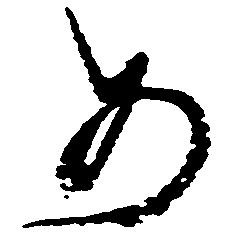
め